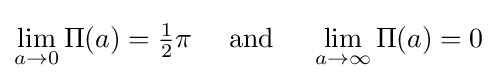
\lim _{a\to 0}\Pi (a)={\tfrac {1}{2}}\pi \quad {\text{ and }}\quad \lim _{a\to \infty }\Pi (a)=0